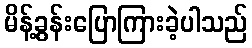
မိန့်ခွန်းပြောကြားခဲ့ပါသည်